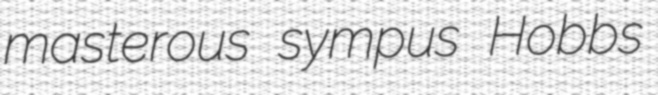
masterous sympus Hobbs